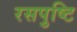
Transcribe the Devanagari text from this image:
रसपुष्टि